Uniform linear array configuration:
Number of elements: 32
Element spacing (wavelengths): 1
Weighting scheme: exponential
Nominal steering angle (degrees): -15
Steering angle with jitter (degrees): -15.116
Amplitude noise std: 0.05
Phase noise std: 0.05

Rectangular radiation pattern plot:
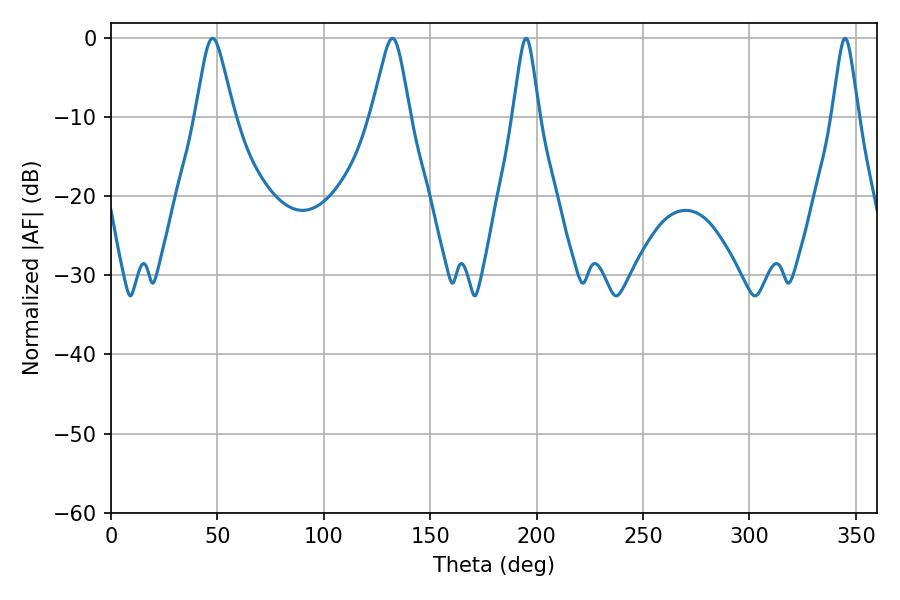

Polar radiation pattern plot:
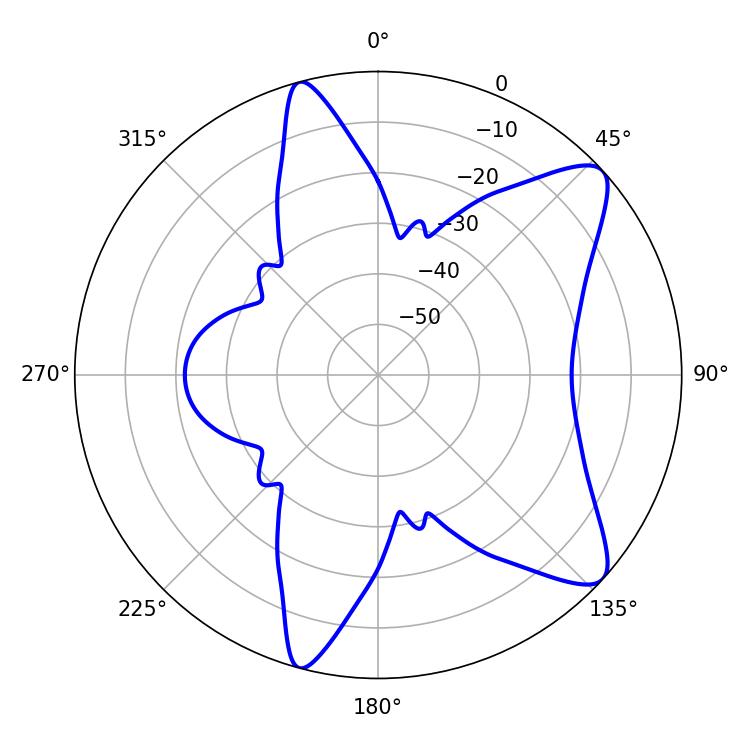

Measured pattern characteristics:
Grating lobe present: TRUE
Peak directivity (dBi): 9.706
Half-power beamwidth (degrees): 8.46
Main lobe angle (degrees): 47.7